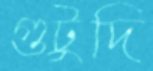
গুটুদি